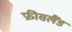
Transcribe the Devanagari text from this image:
फ्रीसलैंड